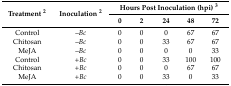
<table><thead><tr><td rowspan="2"><b>Treatment <sup>2</sup></b></td><td rowspan="2"><b>Inoculation <sup>2</sup></b></td><td colspan="5"><b>Hours Post Inoculation (hpi) <sup>3</sup></b></td></tr><tr><td><b>0</b></td><td><b>2</b></td><td><b>24</b></td><td><b>48</b></td><td><b>72</b></td></tr></thead><tbody><tr><td>Control</td><td>–<i>Bc</i></td><td>0</td><td>0</td><td>0</td><td>67</td><td>67</td></tr><tr><td>Chitosan</td><td>–<i>Bc</i></td><td>0</td><td>0</td><td>33</td><td>67</td><td>67</td></tr><tr><td>MeJA</td><td>–<i>Bc</i></td><td>0</td><td>0</td><td>0</td><td>0</td><td>33</td></tr><tr><td>Control</td><td>+<i>Bc</i></td><td>0</td><td>0</td><td>33</td><td>100</td><td>100</td></tr><tr><td>Chitosan</td><td>+<i>Bc</i></td><td>0</td><td>0</td><td>0</td><td>67</td><td>67</td></tr><tr><td>MeJA</td><td>+<i>Bc</i></td><td>0</td><td>0</td><td>33</td><td>0</td><td>33</td></tr></tbody></table>